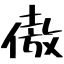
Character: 傲